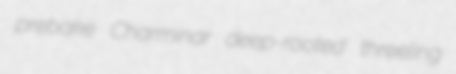
prebake Charminar deep-rooted threeling